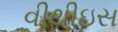
વીથીઇસ